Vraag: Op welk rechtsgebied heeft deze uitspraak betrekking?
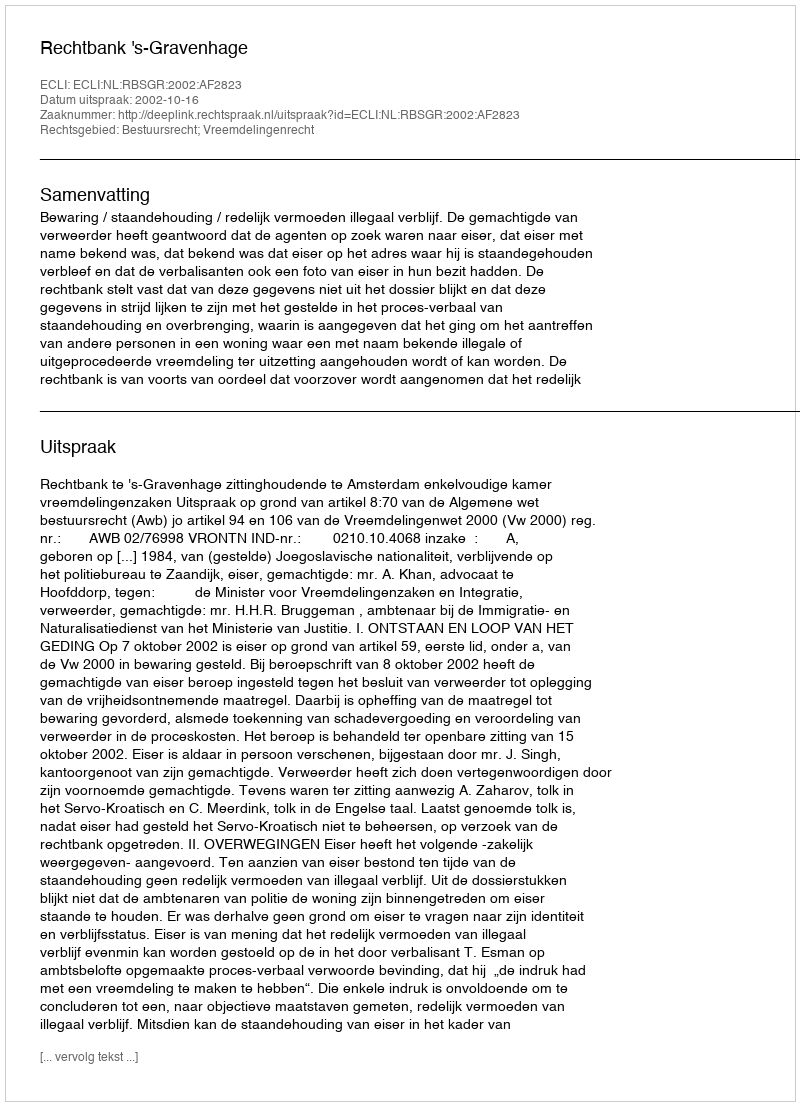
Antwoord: Bestuursrecht; Vreemdelingenrecht